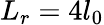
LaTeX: L_{r}=4l_{0}